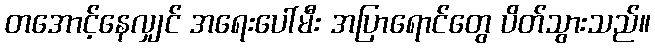
တအောင့်နေလျှင် အရေးပေါ်မီး အပြာရောင်တွေ ပိတ်သွားသည်။